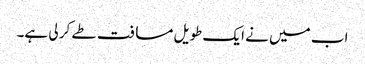
اب میں نے ایک طویل مسافت طے کر لی ہے۔